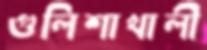
গুলিশাখালী